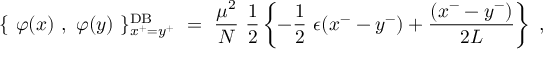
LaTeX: \{ ~ \varphi ( x ) ~ , ~ \varphi ( y ) ~ \} _ { x ^ { + } = y ^ { + } } ^ { \mathrm { D B } } ~ = ~ \frac { \mu ^ { 2 } } { N } ~ \frac { 1 } { 2 } \left\{ - \frac { 1 } { 2 } ~ \epsilon ( x ^ { - } - y ^ { - } ) + \frac { ( x ^ { - } - y ^ { - } ) } { 2 L } \right\} ~ ,